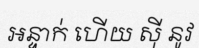
អន្ទាក់ ហើយ ស៊ី នូវ